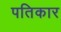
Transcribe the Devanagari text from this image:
पतिकार